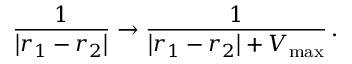
\frac { 1 } { \left| r _ { 1 } - r _ { 2 } \right| } \rightarrow \frac { 1 } { \left| r _ { 1 } - r _ { 2 } \right| + V _ { \mathrm { m a x } } } \, .